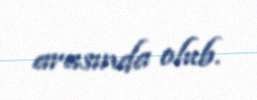
arasında olub.